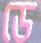
ডে